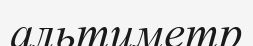
альтиметр